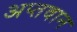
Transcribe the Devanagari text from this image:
अप्तवान